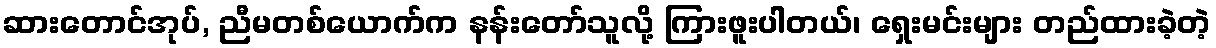
ဆားတောင်အုပ်, ညီမတစ်ယောက်က နန်းတော်သူလို့ ကြားဖူးပါတယ်၊ ရှေးမင်းများ တည်ထားခဲ့တဲ့